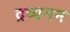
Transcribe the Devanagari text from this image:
द्रव्यमन